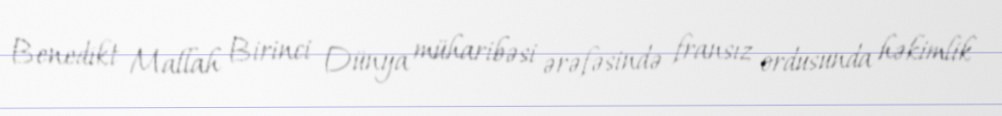
Benedikt Mallah Birinci Dünya müharibəsi ərəfəsində fransız ordusunda həkimlik